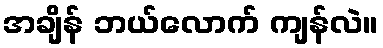
အချိန် ဘယ်လောက် ကျန်လဲ။